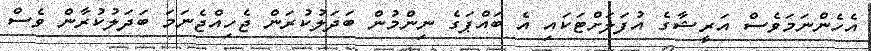
އެހެންނަމަވެސް އަރީޝާގެ އުފަލަށްޓަކައި އެ ބައްޕަގެ ނިންމުން ބަދަލުކުރަން ޖެހިއްޖެނަމަ ބަދަލުކުރާން ވެސް